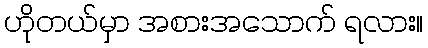
ဟိုတယ်မှာ အစားအသောက် ရလား။